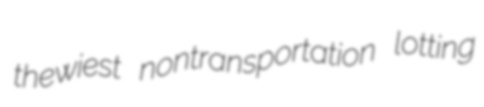
thewiest nontransportation lotting